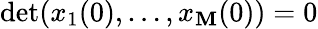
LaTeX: \operatorname*{det}(x_{1}(0),\ldots,x_{\mathbf{M}}(0))=0